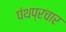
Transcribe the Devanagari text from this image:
पंथप्रचार